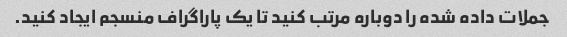
جملات داده شده را دوباره مرتب کنید تا یک پاراگراف منسجم ایجاد کنید.